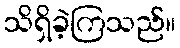
သိရှိခဲ့ကြသည်။